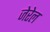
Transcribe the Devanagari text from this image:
जेरेल